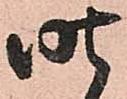
昨